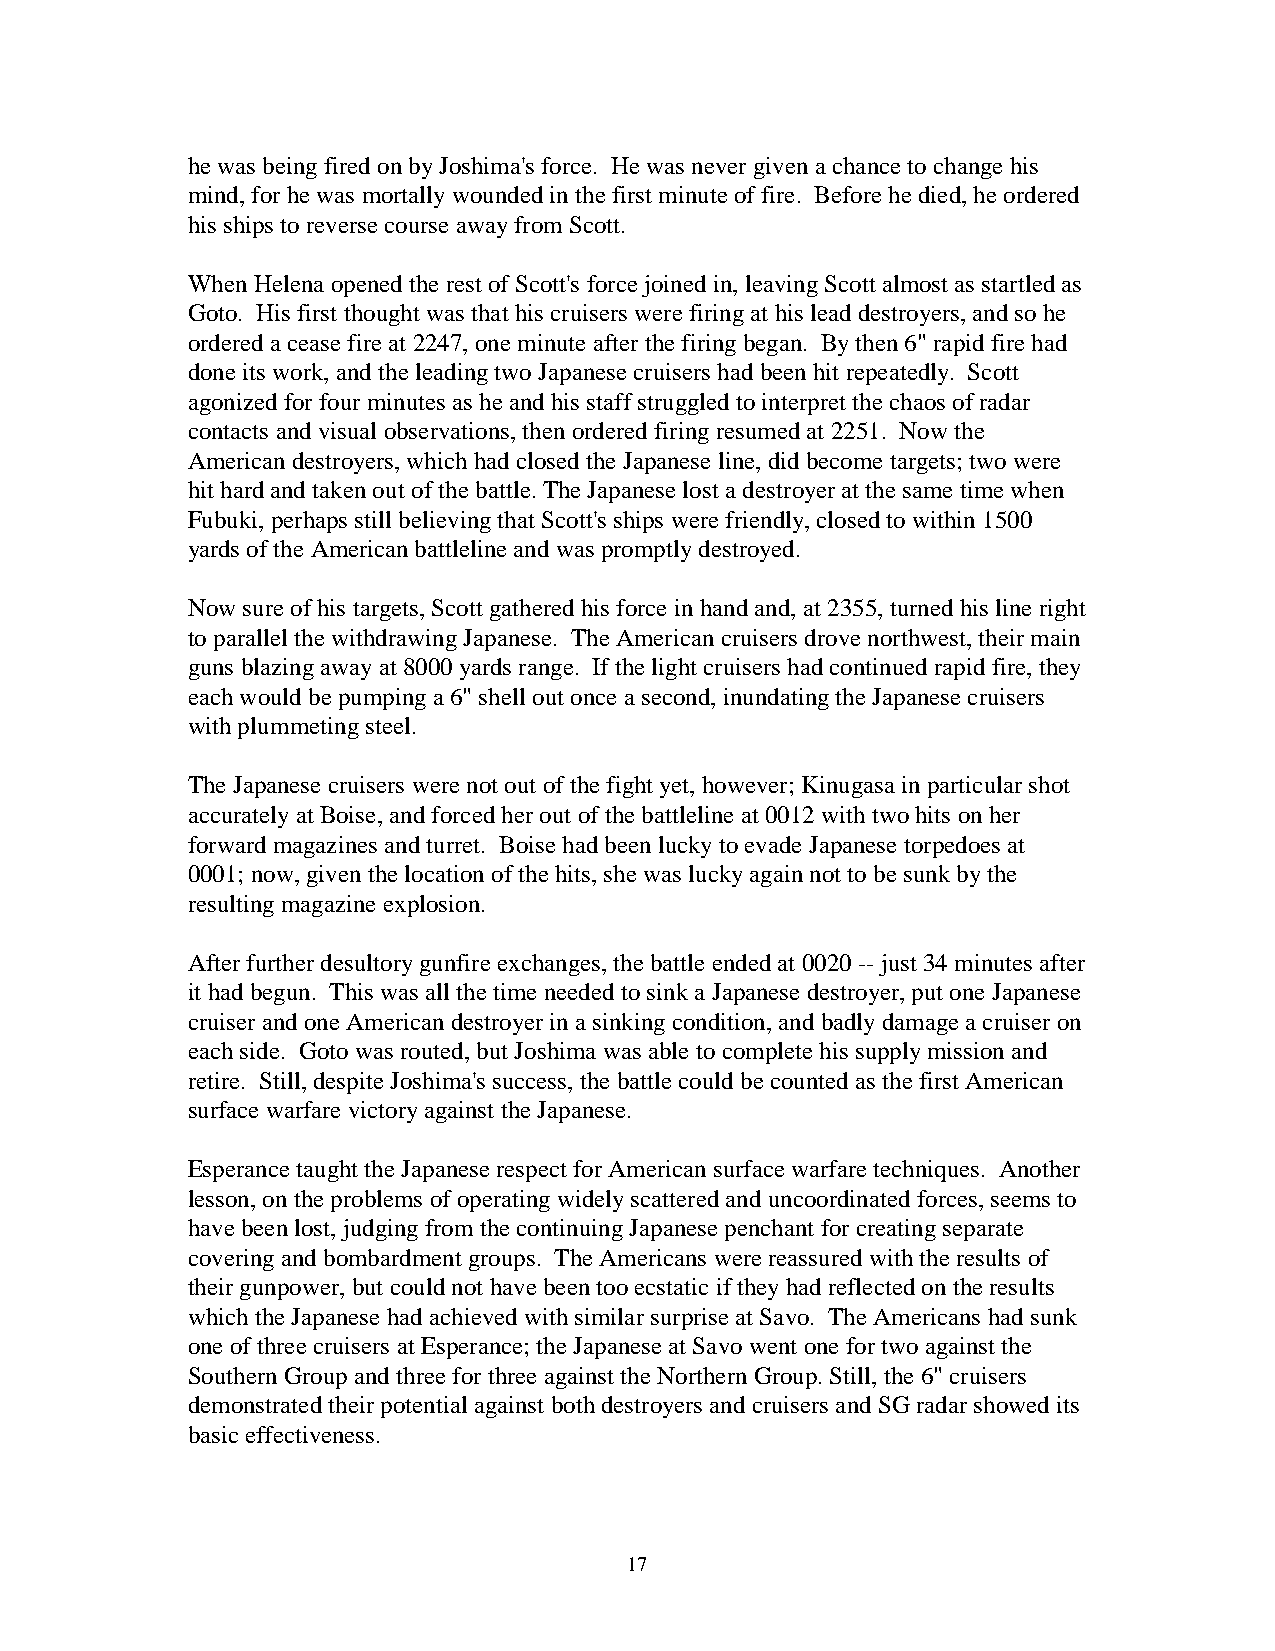
he was being fired on by Joshima's force. He was never given a chance to change his
 mind, for he was mortally wounded in the first minute of fire. Before he died, he ordered
 his ships to reverse course away from Scott.
 When Helena opened the rest of Scott's force joined in, leaving Scott almost as startled as
 Goto. His first thought was that his cruisers were firing at his lead destroyers, and so he
 ordered a cease fire at 2247, one minute after the firing began. By then 6" rapid fire had
 done its work, and the leading two Japanese cruisers had been hit repeatedly. Scott
 agonized for four minutes as he and his staff struggled to interpret the chaos of radar
 contacts and visual observations, then ordered firing resumed at 2251. Now the
 American destroyers, which had closed the Japanese line, did become targets; two were
 hit hard and taken out of the battle. The Japanese lost a destroyer at the same time when
 Fubuki, perhaps still believing that Scott's ships were friendly, closed to within 1500
 yards of the American battleline and was promptly destroyed.
 Now sure of his targets, Scott gathered his force in hand and, at 2355, turned his line right
 to parallel the withdrawing Japanese. The American cruisers drove northwest, their main
 guns blazing away at 8000 yards range. If the light cruisers had continued rapid fire, they
 each would be pumping a 6" shell out once a second, inundating the Japanese cruisers
 with plummeting steel.
 The Japanese cruisers were not out of the fight yet, however; Kinugasa in particular shot
 accurately at Boise, and forced her out of the battleline at 0012 with two hits on her
 forward magazines and turret. Boise had been lucky to evade Japanese torpedoes at
 0001; now, given the location of the hits, she was lucky again not to be sunk by the
 resulting magazine explosion.
 After further desultory gunfire exchanges, the battle ended at 0020 -- just 34 minutes after
 it had begun. This was all the time needed to sink a Japanese destroyer, put one Japanese
 cruiser and one American destroyer in a sinking condition, and badly damage a cruiser on
 each side. Goto was routed, but Joshima was able to complete his supply mission and
 retire. Still, despite Joshima's success, the battle could be counted as the first American
 surface warfare victory against the Japanese.
 Esperance taught the Japanese respect for American surface warfare techniques. Another
 lesson, on the problems of operating widely scattered and uncoordinated forces, seems to
 have been lost, judging from the continuing Japanese penchant for creating separate
 covering and bombardment groups. The Americans were reassured with the results of
 their gunpower, but could not have been too ecstatic if they had reflected on the results
 which the Japanese had achieved with similar surprise at Savo. The Americans had sunk
 one of three cruisers at Esperance; the Japanese at Savo went one for two against the
 Southern Group and three for three against the Northern Group. Still, the 6" cruisers
 demonstrated their potential against both destroyers and cruisers and SG radar showed its
 basic effectiveness.
 17